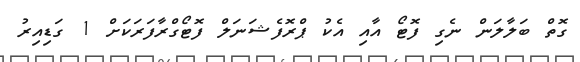
ގޮތް ބަލާލަން ނެގި ފޮޓޯ އާއި އެކު ޕްރޮފެޝަނަލް ފޮޓޯގްރާފަރަކަށް 1 ގަޑިއިރު